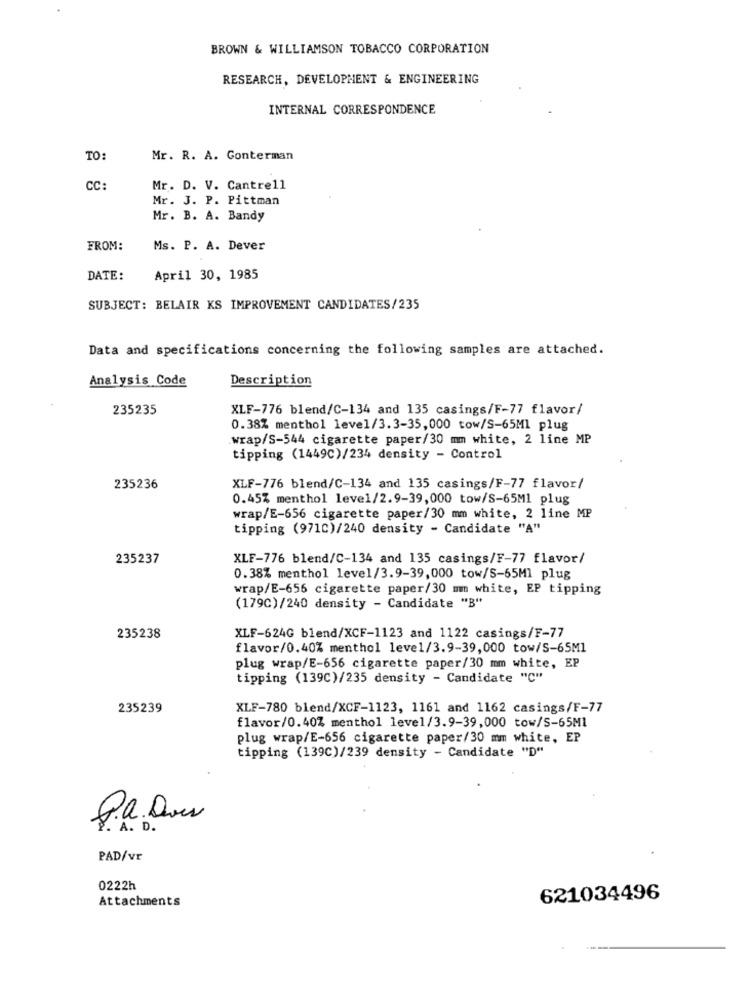
BROWN & WILLIAMSON TOBACCO CORPORATION
RESEARCH, DEVELOPMENT & ENGINEERING
INTERNAL CORRESPONDENCE
TO:
Mr. R. A. Gonterman
CC:
Mr. D. V. Cantrell
Mr. J. P. Pittman
Mr. B. A. Bandy
FROM:
Ms. P. A. Dever
DATE:
April 30, 1985
SUBJECT: BELAIR KS IMPROVEMENT CANDIDATES/235
Data and specifications concerning the following samples are attached.
Analysis Code
Description
235235
XLF-776 blend/C-134 and 135 casings/F-77 flavor/
0.38% menthol level/3.3-35,000 tow/S-65Ml plug
wrap/S-544 cigarette paper/30 mm white, 2 line MP
tipping (1449C)/234 density - Control
235236
XLF-776 blend/C-134 and 135 casings/F-77 flavor/
0.45% menthol level/2.9-39,000 tow/S-65Ml plug
wrap/E-656 cigarette paper/30 mm white, 2 line MP
tipping (971C)/240 density - Candidate "A"
235237
XLF-776 blend/C-134 and 135 casings/F-77 flavor/
0.38% menthol level/3.9-39,000 tow/S-65Ml plug
wrap/E-656 cigarette paper/30 mm white, EP tipping
(179C)/240 density - Candidate "B"
235238
XLF-624G blend/XCF-1123 and 1122 casings/F-77
flavor/0.40% menthol level/3.9-39,000 tow/S-65M1
plug wrap/E-656 cigarette paper/30 mm white, EP
tipping (139C)/235 density - Candidate "C"
235239
XLF-780 blend/XCF-1123, 1161 and 1162 casings/F-77
flavor/0.40% menthol level/3.9-39,000 tow/S-65Ml
plug wrap/E-656 cigarette paper/30 mm white, EP
tipping (139C)/239 density - Candidate "D"
P.a. Quer
. A. D.
PAD/vr
0222h
Attachments
621034496